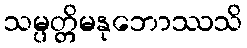
သမ္ပတ္တိမနုဘောဿသိ